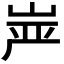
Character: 𰎠